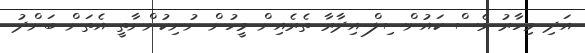
އަދި މިހާރު ވެސް ކައުންސިލް އިދާރާ ތެރެއިން މީހުން ނުނިކުންނާތީ އެތަން ބަންދު